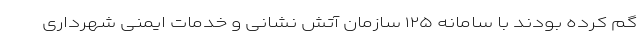
گم کرده بودند با سامانه ١٢۵ سازمان آتش نشانی و خدمات ایمنی شهرداری